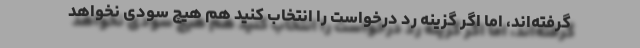
گرفته‌اند، اما اگر گزینه رد درخواست را انتخاب کنید هم هیچ سودی نخواهد